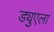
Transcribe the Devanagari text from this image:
ड्युएला